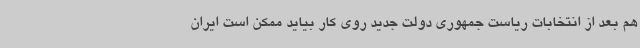
هم بعد از انتخابات ریاست جمهوری دولت جدید روی کار بیاید ممکن است ایران